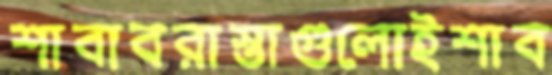
শাবাবরাস্তাগুলোইশাব